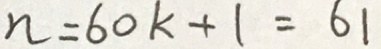
n = 6 0 k + 1 = 6 1